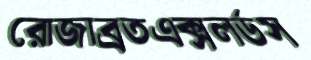
রোজাব্রতএক্সলর্ডস